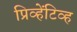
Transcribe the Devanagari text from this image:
प्रिव्हेंटिव्ह